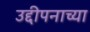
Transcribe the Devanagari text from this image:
उद्दीपनाच्या